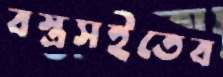
বস্ত্রসইতেব